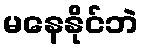
မနေနိုင်ဘဲ